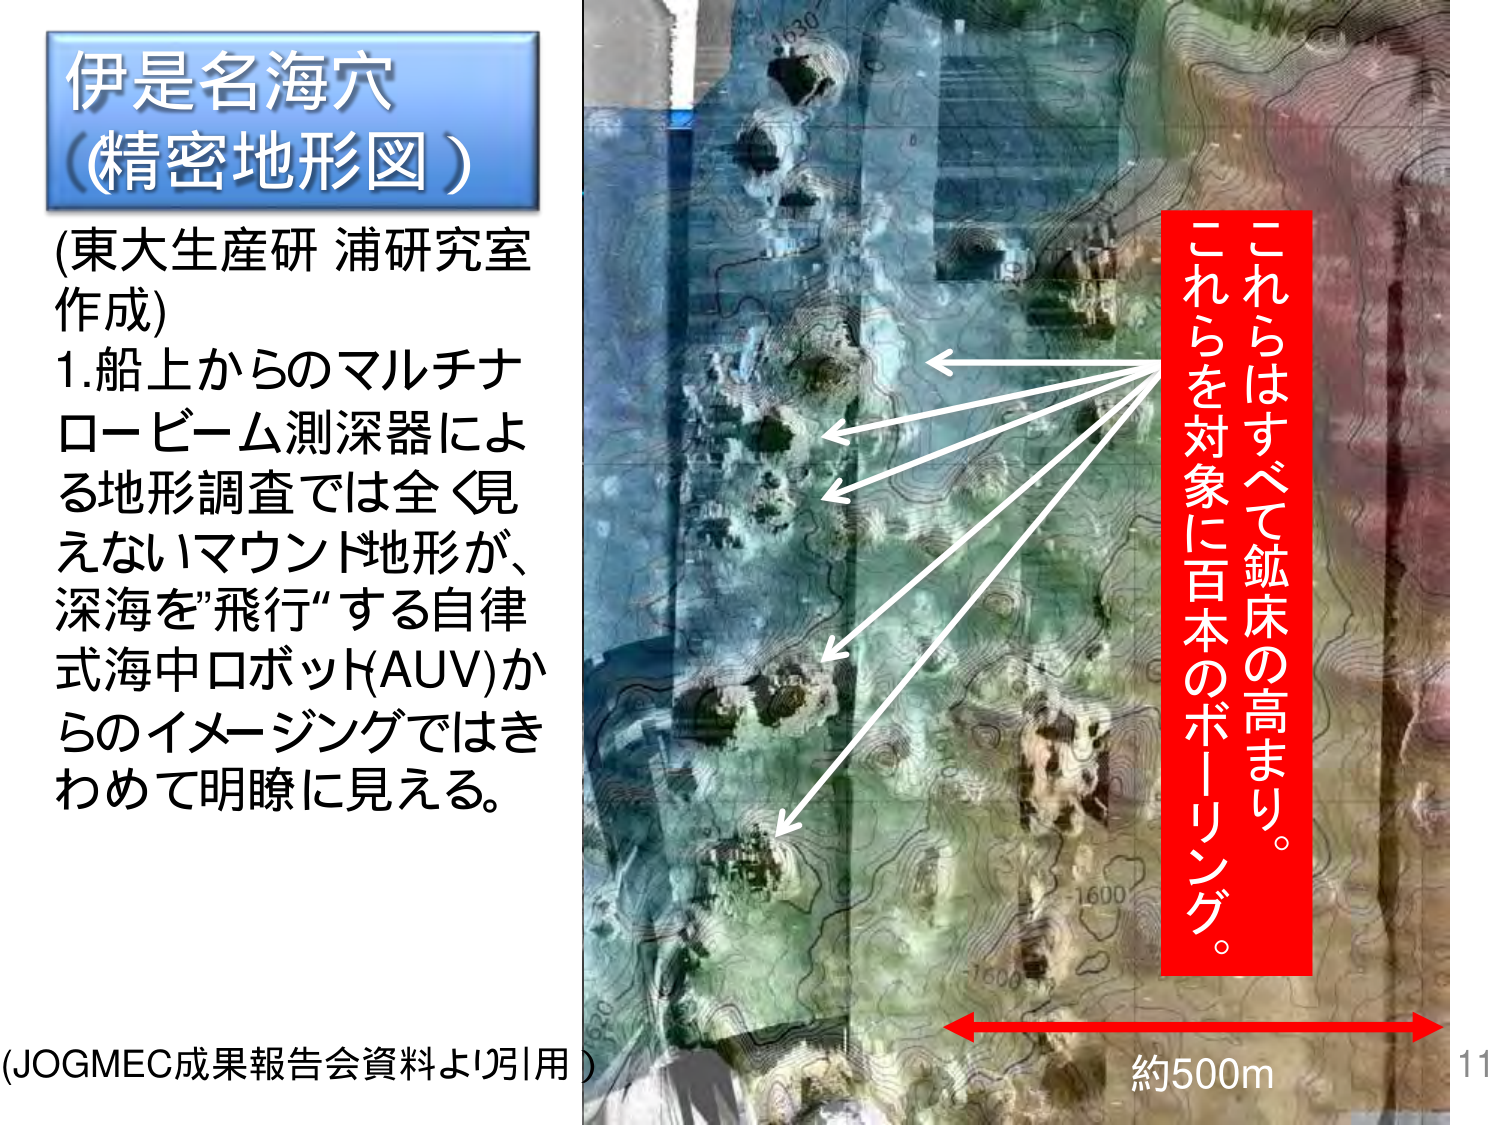
伊是名海穴
（精密地形図）
(東大生産研 浦研究室作成)
1. 船上からのマルチナロービーム測深器による地形調査では全く見えないマウンド地形が、深海を”飛行“する自律式海中ロボット(AUV)からのイメージングではきわめて明瞭に見える。
( JOGMEC成果報告会資料より引用)
これらはすべて鉱床の高まり。
これらを対象に百本のボーリング。
約500m
11